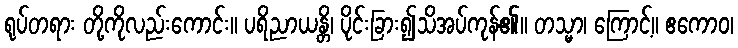
ရုပ်တရား တို့ကိုလည်းကောင်း။ ပရိညာယန္တိ၊ ပိုင်းခြား၍သိအပ်ကုန်၏။ တသ္မာ၊ ကြောင့်။ ဧကောဝ၊